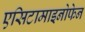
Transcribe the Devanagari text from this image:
एसिटामाइनोफेन